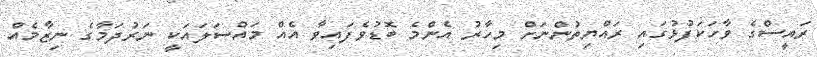
ރައީސްގެ ވާހަކަފުޅުގައި ރައްޔިތުންނަށް މިހާރު އެންމެ ބޮޑުވެފައިވާ އެއް މައްސަލައަކީ ނަރުދަމާގެ ނިޒާމެއް